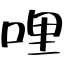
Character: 哩